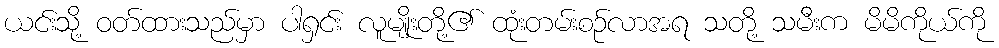
ယင်းသို့ ဝတ်ထားသည်မှာ ပါရှင်း လူမျိုးတို့၏ ထုံးတမ်းစဉ်လာအရ သတို့ သမီးက မိမိကိုယ်ကို